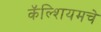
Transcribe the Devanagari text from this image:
कॅल्शियमचे